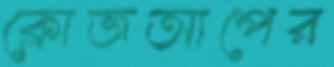
ক্লোজআপের